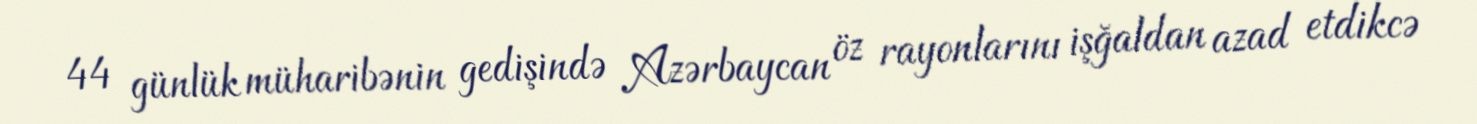
44 günlük müharibənin gedişində Azərbaycan öz rayonlarını işğaldan azad etdikcə